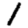
Digit: 1